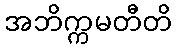
အဘိက္ကမတီတိ